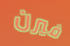
فيرن